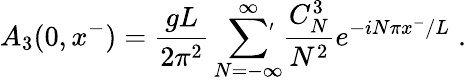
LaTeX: A_{3}(0,x^{-})={\frac{gL}{2\pi^{2}}}\sum_{N=-\infty}^{\infty}\! \! \! \! {}^{\stackrel{\prime}{}}\; {\frac{C_{N}^{3}}{N^{2}}}e^{-iN\pi x^{-}/L}\; .